Vaccination in Burma 1920-1933 - 1920-1933
Year: 1920
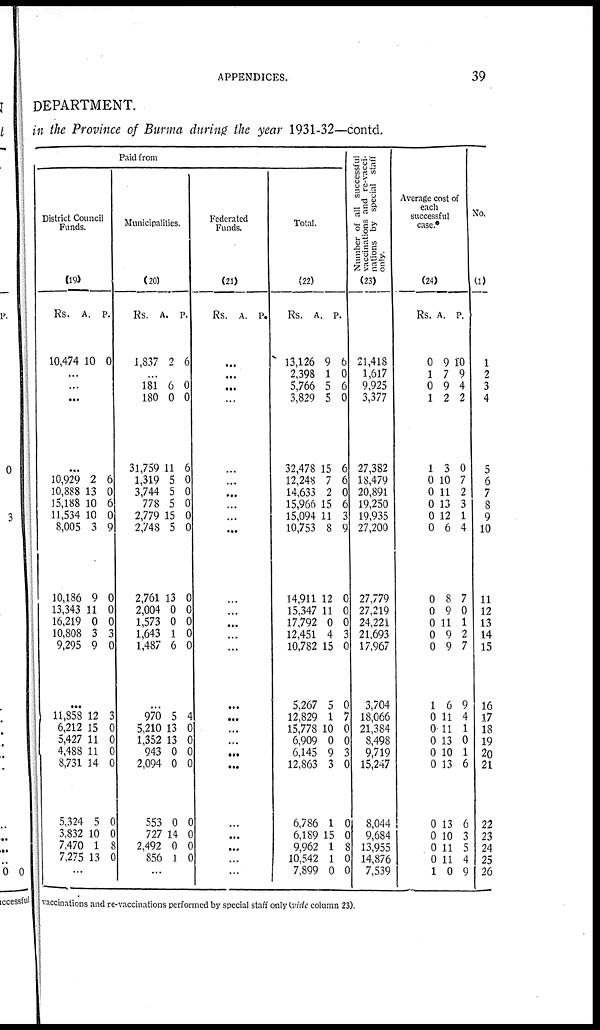
APPENDICES.
39
DEPARTMENT.
in the Province of Burma during the year 1931-32—contd.
Paid from
District Council
Funds.
(19)
Rs.
10,474
A.
10
P.
0
...
...
...
...
10,929
10,888
15,188
11,534
8,005
10,186
13,343
16,219
10,808
9,295
2
13
10
10
3
9
11
0
3
9
6
0
6
0
9
0
0
0
3
0
...
11,858
6,212
5,427
4,488
8,731
5,324
3,832
7,470
7,275
12
15
11
11
14
5
10
1
13
3
0
0
0
0
0
0
8
0
...
Municipalities.
(20)
Rs.
1,837
A.
2
P.
6
...
181
180
31,759
1,319
3,744
778
2,779
2,748
2,761
2,004
1,573
1,643
1,487
6
0
11
5
5
5
15
5
13
0
0
1
6
0
0
6
0
0
0
0
0
0
0
0
0
0
...
970
5,210
1,352
943
2,094
553
727
2,492
856
5
13
13
0
0
0
14
0
1
4
0
0
0
0
0
0
0
0
...
Federated
Funds.
(21)
Rs. A. P.
...
...
...
...
...
...
...
...
...
...
...
...
...
...
...
...
...
...
...
...
...
...
...
...
...
...
Total.
(22)
Rs.
13,126
2,398
5,766
3,829
32,478
12,248
14,633
15,966
15,094
10,753
14,911
15,347
17,792
12,451
10,782
5,267
12,829
15,778
6,909
6,145
12,863
6,786
6,189
9,962
10,542
7,899
A.
9
1
5
5
15
7
2
15
11
8
12
11
0
4
15
5
1
10
0
9
3
1
15
1
1
0
P.
6
0
6
0
6
6
0
6
3
9
0
0
0
3
0
0
7
0
0
3
0
0
0
8
0
0
Number of all successful
vaccinations and re-vacci-
nations by special staff
only.
(23)
21,418
1,617
9,925
3,377
27,382
18,479
20,891
19,250
19,935
27,200
27,779
27,219
24,221
21,693
17,967
3,704
18,066
21,384
8,498
9,719
15,247
8,044
9,684
13,955
14,876
7,539
Average cost of
each
successful
case.*
(24)
Rs.
0
1
0
1
1
0
0
0
0
0
0
0
0
0
0
1
0
0
0
0
0
0
0
0
0
1
A.
9
7
9
2
3
10
11
13
12
6
8
9
11
9
9
6
11
11
13
10
13
13
10
11
11
0
P.
10
9
4
2
0
7
2
3
1
4
7
0
1
2
7
9
4
1
0
1
6
6
3
5
4
9
No.
(1)
1
2
3
4
5
6
7
8
9
10
11
12
13
14
15
16
17
18
19
20
21
22
23
24
25
26
vaccinations and re-vaccinations performed by special staff only (vide column 23).